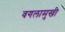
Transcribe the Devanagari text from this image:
वगलामुखी